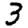
Digit: 3